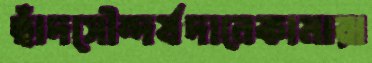
ছাঁদসৌন্দর্যদানেকামারা